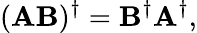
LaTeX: (\mathbf{AB})^{\dagger}=\mathbf{B}^{\dagger}\mathbf{A}^{\dagger},